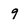
Character: 9